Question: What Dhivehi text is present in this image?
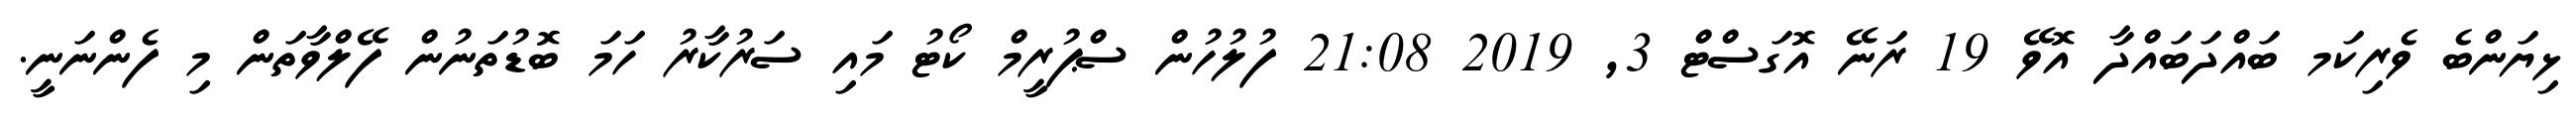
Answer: ޅިޔަންބެ ވެރިކަމ ބައްދަބައްދާ އޮވޭ 19 ރަނޭ އޮގަސްޓް 3, 2019 21:08 ފުލުހުން ސްޕުރީމް ކޯޓު މައި ސަރުކާރު ހަމަ ބޮޑުތަނުން ފޭލްވާތަން މި ފެންނަނީ.